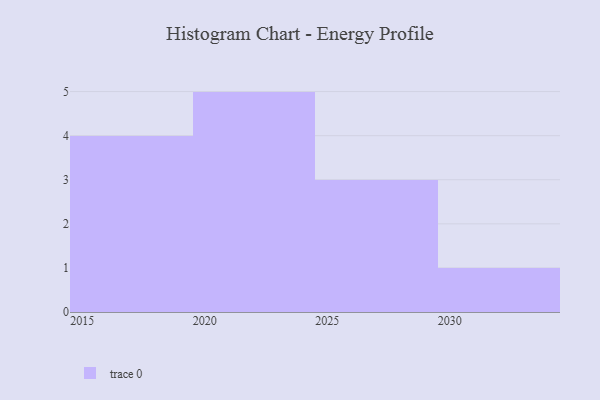
{"axis": {"x": "Year", "y": "LTV (USD)"}, "legend": [""], "data": [{"x": "2022", "y": 9, "type": ""}, {"x": "2023", "y": 48, "type": ""}, {"x": "2018", "y": 39, "type": ""}, {"x": "2029", "y": 60, "type": ""}, {"x": "2021", "y": 6, "type": ""}, {"x": "2020", "y": 71, "type": ""}, {"x": "2015", "y": 8, "type": ""}, {"x": "2028", "y": 74, "type": ""}, {"x": "2016", "y": 35, "type": ""}, {"x": "2024", "y": 73, "type": ""}, {"x": "2017", "y": 48, "type": ""}, {"x": "2027", "y": 10, "type": ""}, {"x": "2030", "y": 49, "type": ""}]}